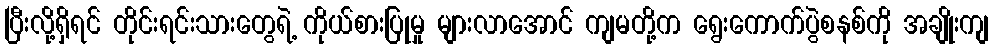
ပြီးလို့ရှိရင် တိုင်းရင်းသားတွေရဲ့ ကိုယ်စားပြုမှု များလာအောင် ကျမတို့က ရွေးကောက်ပွဲစနစ်ကို အချိုးကျ